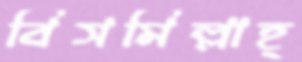
বিসমিল্লাহ্